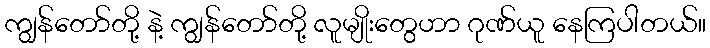
ကျွန်တော်တို့ နဲ့ ကျွန်တော်တို့ လူမျိုးတွေဟာ ဂုဏ်ယူ နေကြပါတယ်။